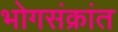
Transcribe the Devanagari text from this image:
भोगसंक्रांत